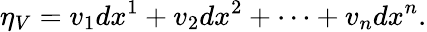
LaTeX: \eta_{V}=v_{1}dx^{1}+v_{2}dx^{2}+\cdots+v_{n}dx^{n}.